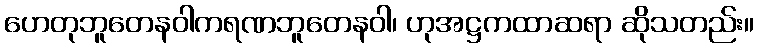
ဟေတုဘူတေနဝါကရဏဘူတေနဝါ၊ ဟုအဋ္ဌကထာဆရာ ဆိုသတည်း။